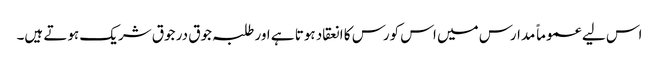
اس لیے عموماً مدارس میں اس کورس کا انعقاد ہوتا ہے اور طلبہ جوق در جوق شریک ہوتے ہیں۔